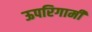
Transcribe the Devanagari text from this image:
ऊपरिगामी